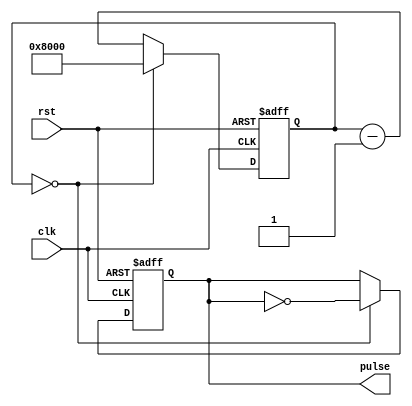
module variable_freq_pulse_generator (
    input wire clk,      // External clock signal
    input wire rst,      // Reset signal
    output reg pulse      // Generated pulse signal
);

reg [15:0] counter = 16'h8000;  // 16-bit counter for frequency control

always @ (posedge clk or posedge rst) begin
    if (rst) begin
        counter <= 16'h8000;  // Reset counter to default value
        pulse <= 1'b0;        // Initialize pulse signal to low
    end else begin
        if (counter == 0) begin
            pulse <= ~pulse;  // Toggle pulse signal
            counter <= 16'h8000;  // Reset counter
        end else begin
            counter <= counter - 1;  // Decrement counter
        end
    end
end

endmodule